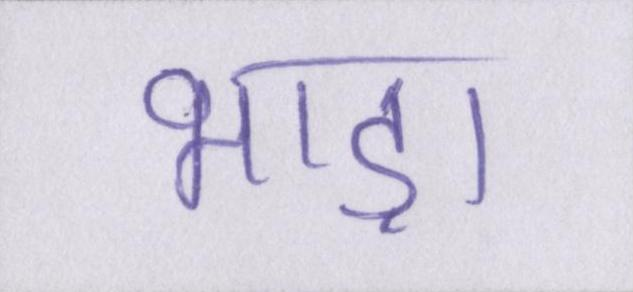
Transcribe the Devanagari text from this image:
भाड़ा